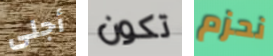
أجلى تكون نحزم